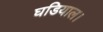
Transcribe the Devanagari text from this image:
घडियाल।